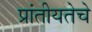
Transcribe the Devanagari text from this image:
प्रांतीयतेचे